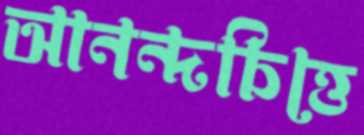
আনন্দচিত্তে